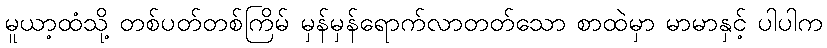
မူယာ့ထံသို့ တစ်ပတ်တစ်ကြိမ် မှန်မှန်ရောက်လာတတ်သော စာထဲမှာ မာမာနှင့် ပါပါက